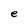
Character: e